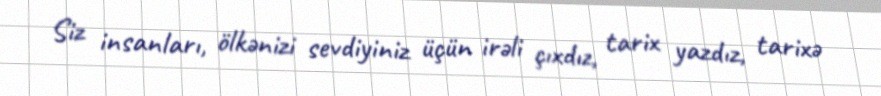
Siz insanları, ölkənizi sevdiyiniz üçün irəli çıxdız, tarix yazdız, tarixə